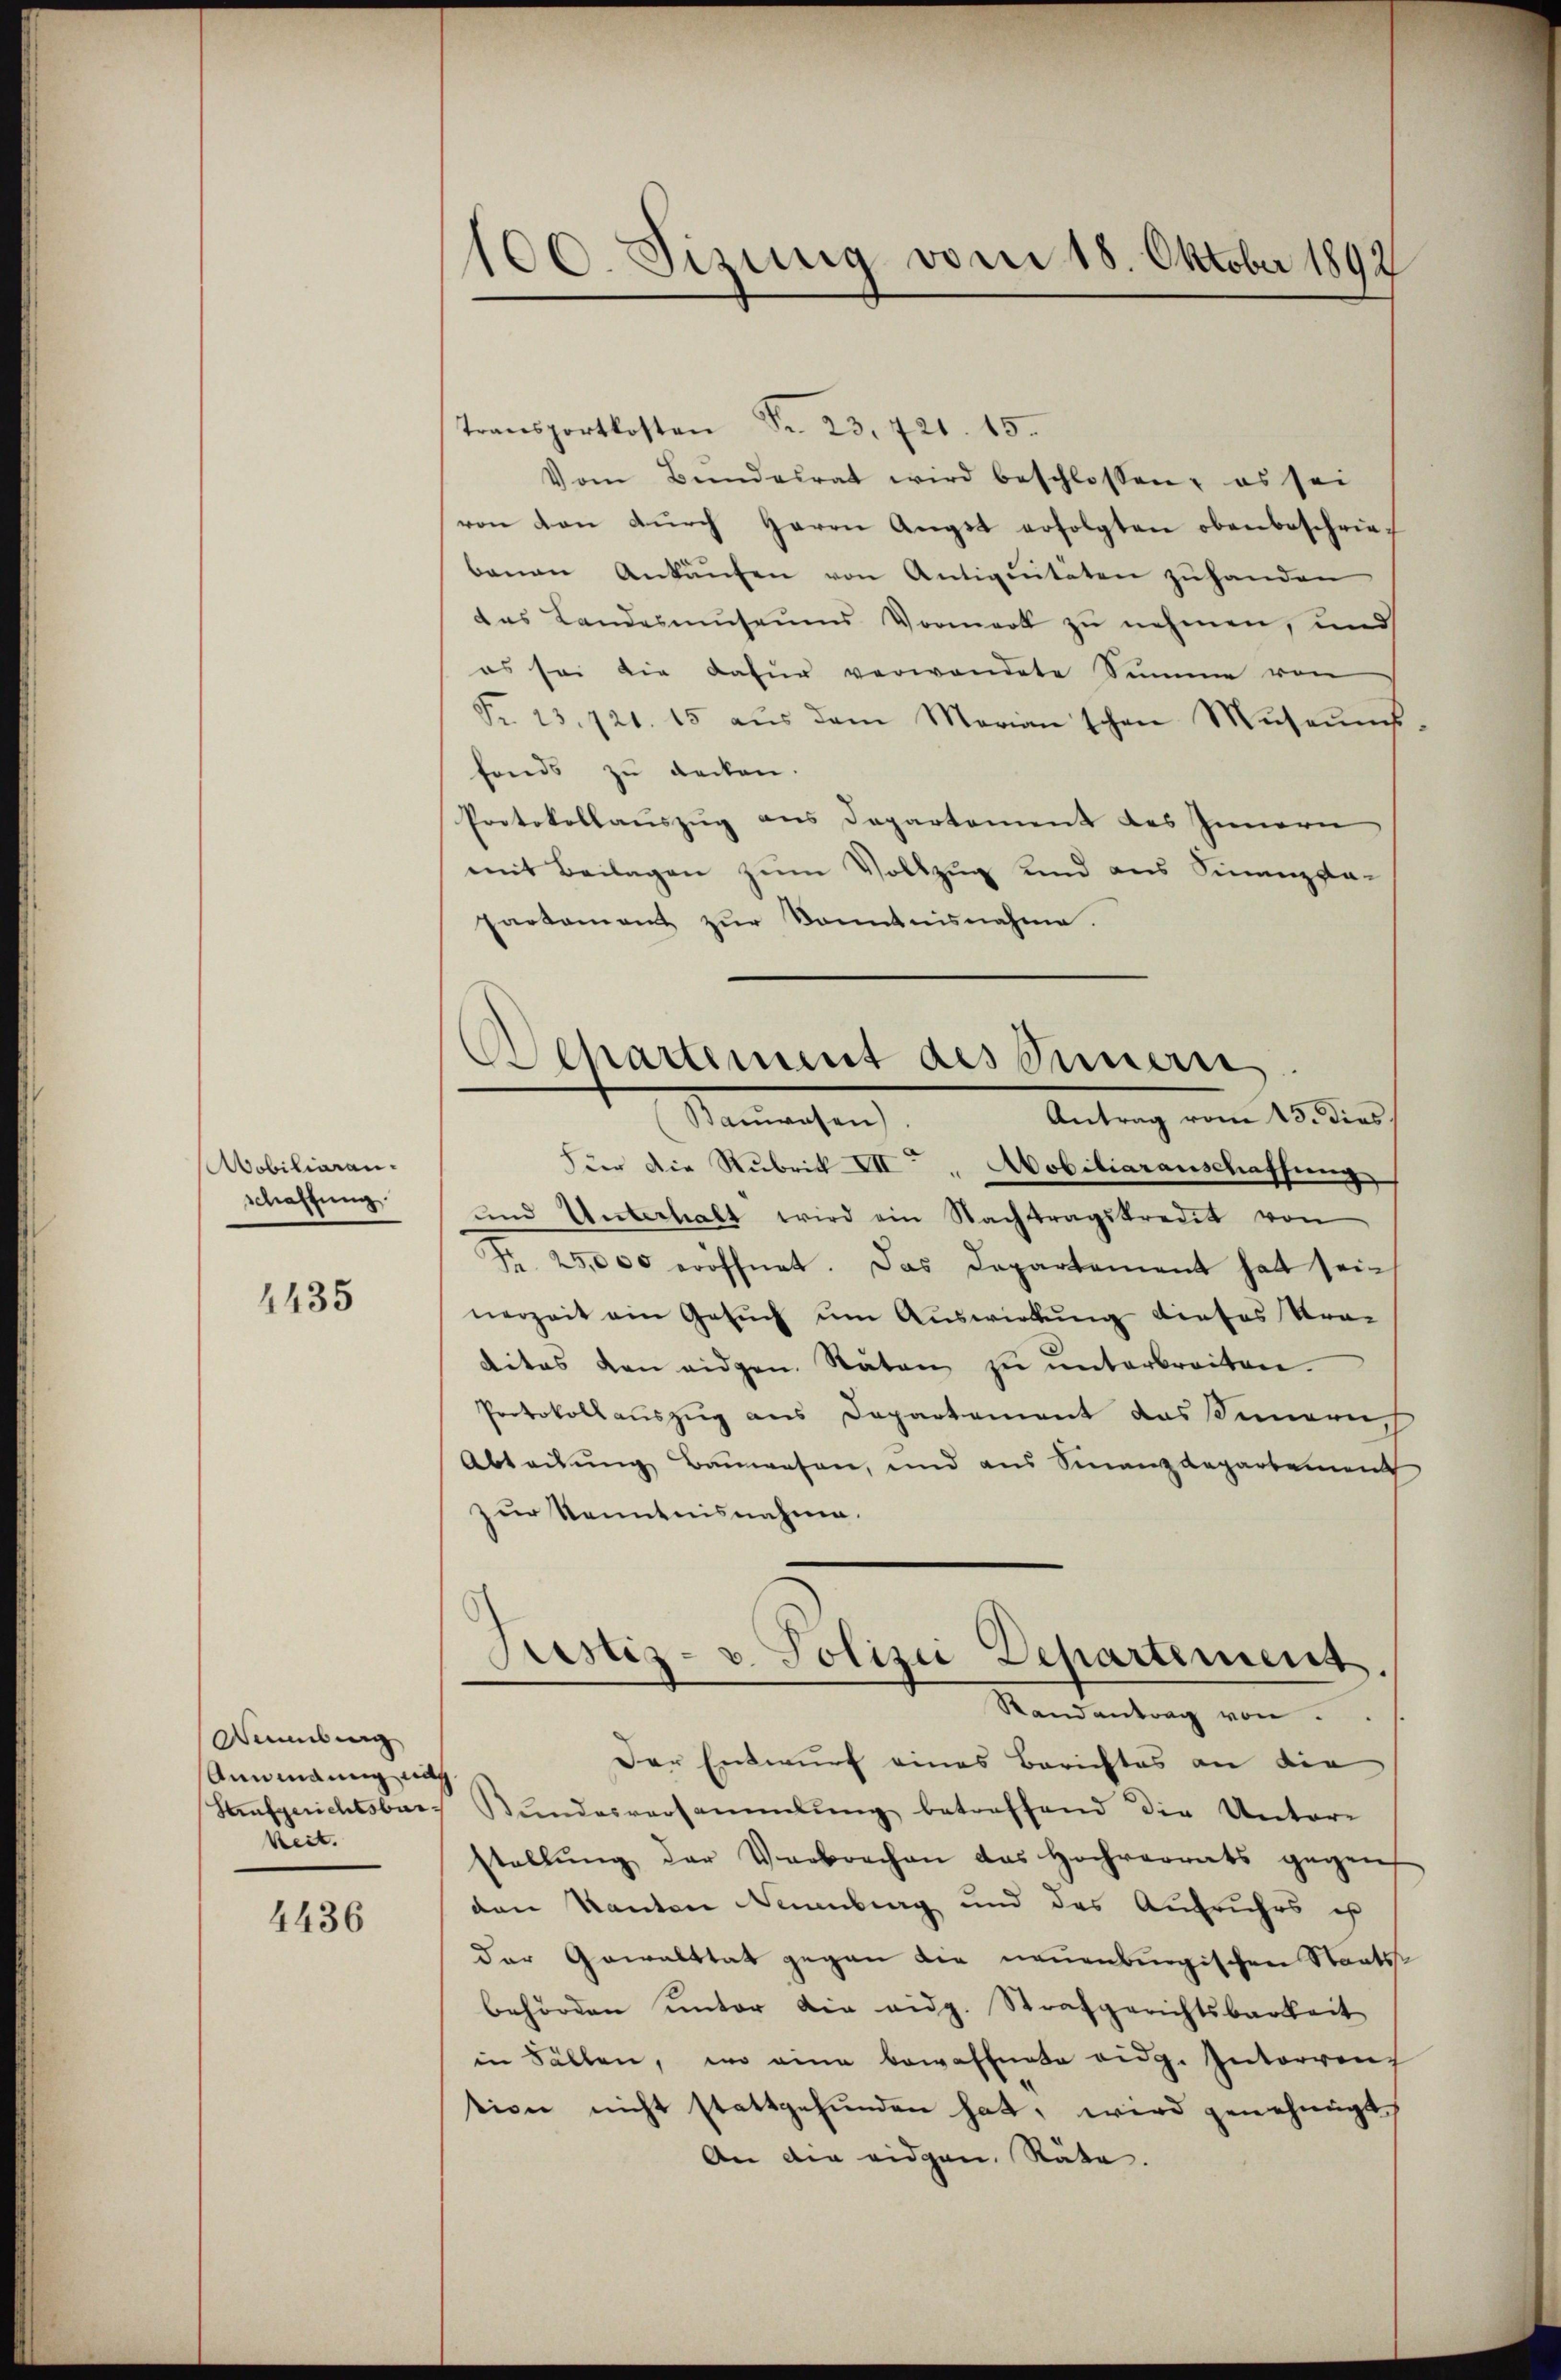
Aobiliaran.
schaffung.

1435

Sebung
Annmanung nach
keit.

4436

100. Sizung vom 18. Oktober 1892

Transportkosten Fr. 23. 721. 15.
Vom Bŭndesrat wird beschlossen; es sei
von von dŭrch Herrn Angst erfolgten obenbeschrie-
banen Ankaŭfen von Antigentäten zŭ handen
das Landasmuseums Vormerk zu nehmen, und
es sei die dafür verwendete Summe von
Fr. 13. 721. 15 aŭs dem Marian'schen Museums-
fonds zu decken.
Protokollauszug aus Departement des Innern
mit Beilagen zum Vollzug und aus Finanzsta-
partement zur Kenntnisnahme.
Für die Rubrik III. " Aobiliaranschaffung
und Unterhalt wird ein Nachtragskredit von
Nr. 25,000 eröffnet. Das Departement hat seinerzeit ein Gesŭch ŭm Aŭswirkung dieses Stra-
dites den eidgen. Räten zŭ ŭnterbreiten.
Protokollauszug aus Departement das Sinneru
Abteilung Bauwesen, und aus Finanzdepartement
zur Kenntnisnahme.
Justiz- u. Polizei Departement
Randantrag von
Der Entwurf eines Berichtes an die
Haŭfgerichtsbar. Bŭndesversammlung betreffend die Unter-
stellŭng der Verbrechen das Hochverrats gegen
den Kanton Neuenburg und des Aufruhrs ist
der Gewalttat gegen die neuenburgischen Staats-
behörden unter die eidg. Strafgerichtsbarkeit
in Fällen, wo eine bewaffnete eidg. Interrenf
tion nicht stattgefunden hat, wird genehmigt
An die eidgen. Räte.

Separtement des Innern,
Antrag vom 15. dies
Semachen